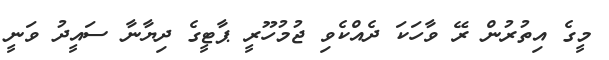
މީގެ އިތުރުން ރޭ ވާހަކަ ދެއްކެވި ޖުމުހޫރީ ޕާޓީގެ ދިޔާނާ ސައީދު ވަނީ